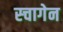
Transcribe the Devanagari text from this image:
स्चागेन